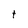
Character: t